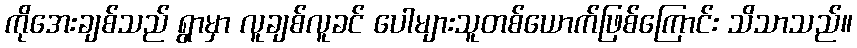
ကိုအေးချစ်သည် ရွာမှာ လူချစ်လူခင် ပေါများသူတစ်ယောက်ဖြစ်ကြောင်း သိသာသည်။